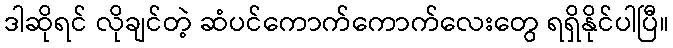
ဒါဆိုရင် လိုချင်တဲ့ ဆံပင်ကောက်ကောက်လေးတွေ ရရှိနိုင်ပါပြီ။